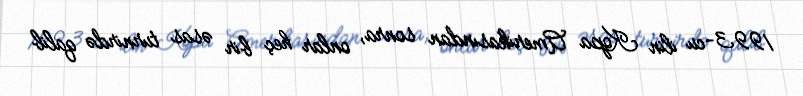
1993-cu ilin Kopa Amerikasından sonra, onlar heç bir əsas turnirdə qalib